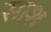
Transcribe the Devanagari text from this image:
साश